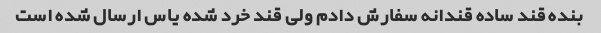
بنده قند ساده قندانه سفارش دادم ولی قند خرد شده یاس ارسال شده است